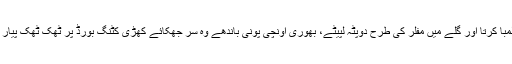
کھلی جینز پر لمبا کرتا اور گلے میں مفلر کی طرح دوپٹہ لپیٹے، بھوری اونچی پونی باندھے وہ سر جھکائے کھڑی کٹنگ بورڈ پر ٹھک ٹھک پیار کاٹ رہی تھی۔